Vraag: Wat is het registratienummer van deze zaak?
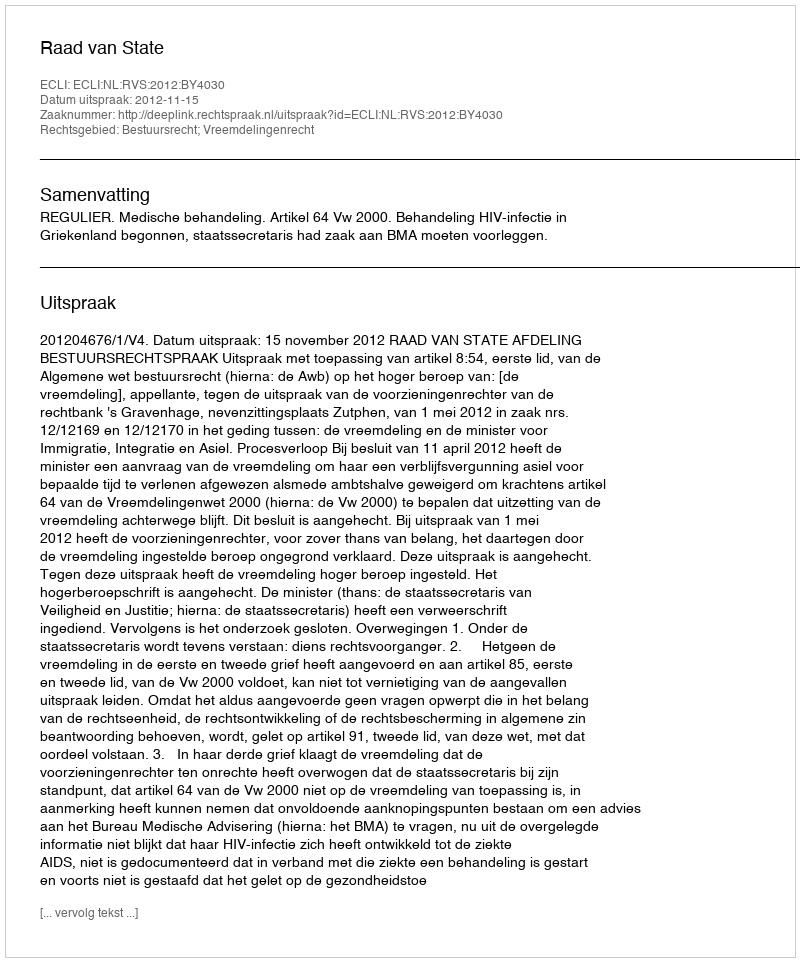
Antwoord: http://deeplink.rechtspraak.nl/uitspraak?id=ECLI:NL:RVS:2012:BY4030